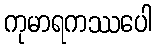
ကုမာရကဿပေါ